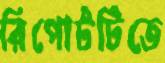
রিপোর্টটিতে